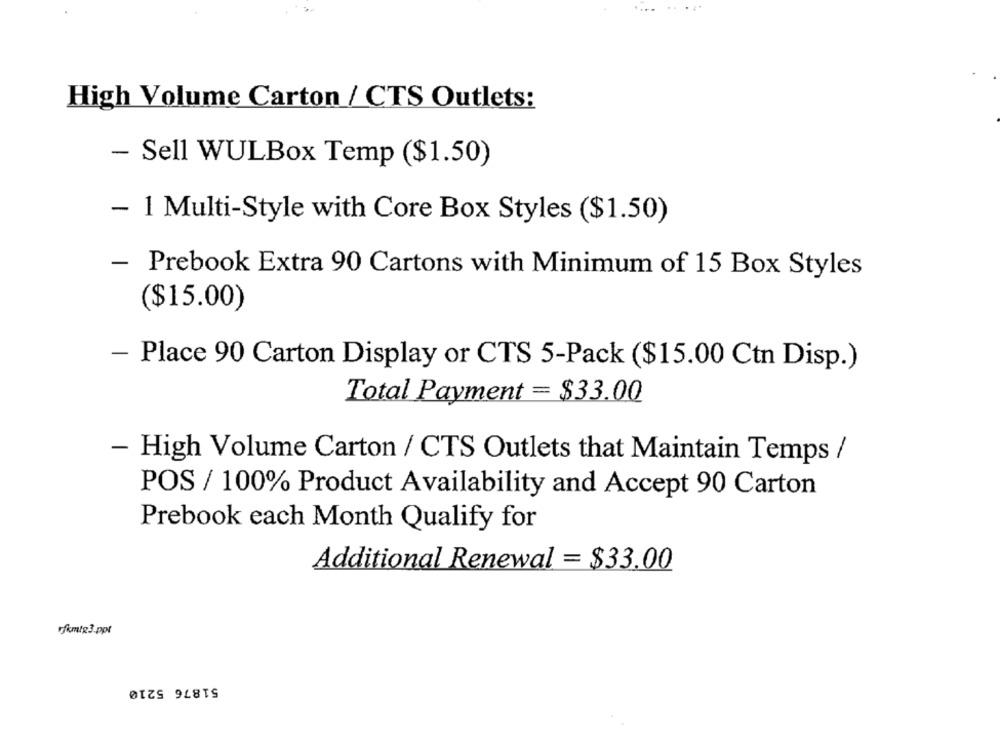
High Volume Carton / CTS Outlets:
- Sell WULBox Temp ($1.50)
- 1 Multi-Style with Core Box Styles ($1.50)
- Prebook Extra 90 Cartons with Minimum of 15 Box Styles
($15.00)
- Place 90 Carton Display or CTS 5-Pack ($15.00 Ctn Disp.)
Total Payment = $33.00
- High Volume Carton / CTS Outlets that Maintain Temps /
POS / 100% Product Availability and Accept 90 Carton
Prebook each Month Qualify for
Additional Renewal = $33.00
fimle3.ppt
51876 5210